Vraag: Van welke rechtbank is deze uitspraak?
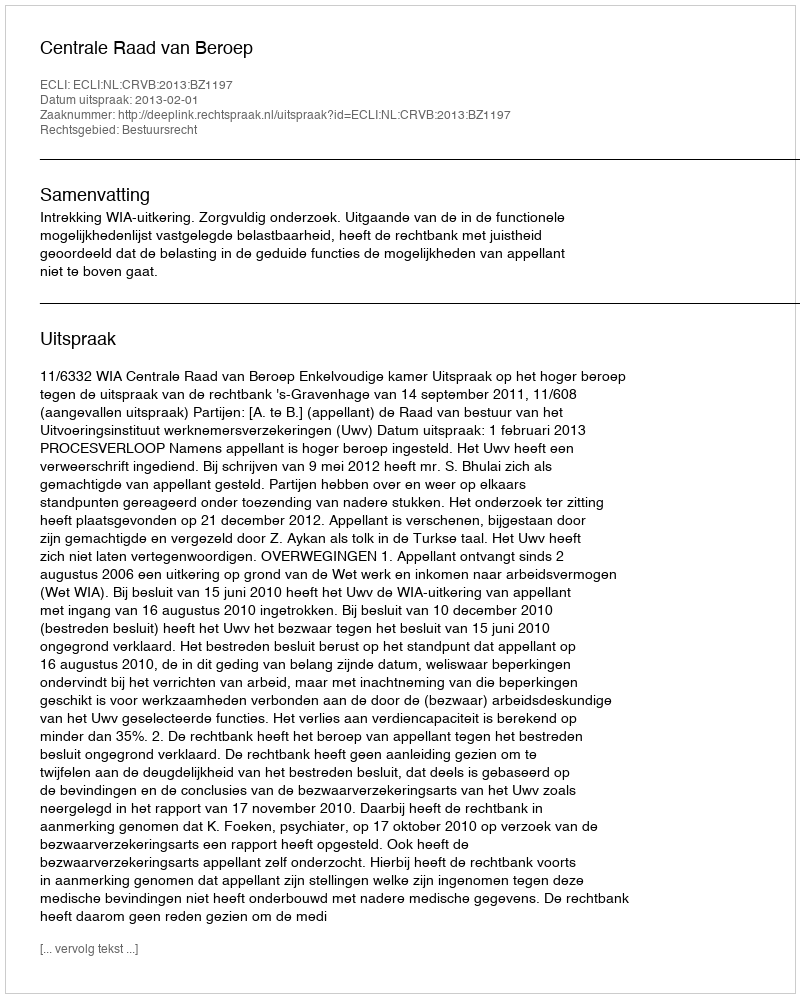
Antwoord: Centrale Raad van Beroep